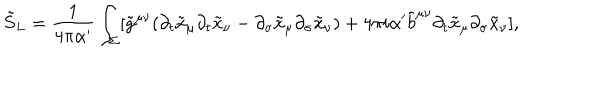
\tilde { S } _ { L } = \frac { 1 } { 4 \pi \alpha ^ { \prime } } \int _ { \Sigma } [ \tilde { g } ^ { \mu \nu } ( \partial _ { t } \tilde { x } _ { \mu } \partial _ { t } \tilde { x } _ { \nu } - \partial _ { \sigma } \tilde { x } _ { \mu } \partial _ { \sigma } \tilde { x } _ { \nu } ) + 4 \pi i \alpha ^ { \prime } \tilde { b } ^ { \mu \nu } \partial _ { t } \tilde { x } _ { \mu } \partial _ { \sigma } \tilde { x } _ { \nu } ] ,